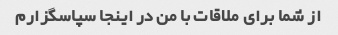
از شما برای ملاقات با من در اینجا سپاسگزارم